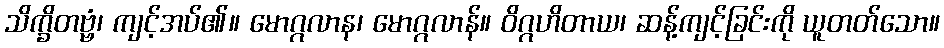
သိက္ခိတဗ္ဗံ၊ ကျင့်အပ်၏။ မောဂ္ဂလာန၊ မောဂ္ဂလာန်။ ဝိဂ္ဂဟိတာယ၊ ဆန့်ကျင့်ခြင်းကို ယူတတ်သော။